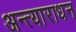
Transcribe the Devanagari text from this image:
अन्त्याराधन